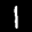
Label: 1